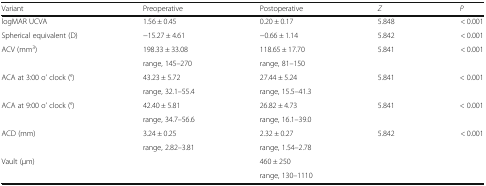
<table><thead><tr><td><b>Variant</b></td><td><b>Preoperative</b></td><td><b>Postoperative</b></td><td><b><i>Z</i></b></td><td><b><i>P</i></b></td></tr></thead><tbody><tr><td>logMAR UCVA</td><td>1.56 ± 0.45</td><td>0.20 ± 0.17</td><td>5.848</td><td>&lt; 0.001</td></tr><tr><td>Spherical equivalent (D)</td><td>−15.27 ± 4.61</td><td>−0.66 ± 1.14</td><td>5.842</td><td>&lt; 0.001</td></tr><tr><td rowspan="2">ACV (mm<sup>3</sup>)</td><td>198.33 ± 33.08</td><td>118.65 ± 17.70</td><td>5.841</td><td>&lt; 0.001</td></tr><tr><td>range, 145–270</td><td>range, 81–150</td><td></td><td></td></tr><tr><td rowspan="2">ACA at 3:00 o’ clock (°)</td><td>43.23 ± 5.72</td><td>27.44 ± 5.24</td><td>5.841</td><td>&lt; 0.001</td></tr><tr><td>range, 32.1–55.4</td><td>range, 15.5–41.3</td><td></td><td></td></tr><tr><td rowspan="2">ACA at 9:00 o’ clock (°)</td><td>42.40 ± 5.81</td><td>26.82 ± 4.73</td><td>5.841</td><td>&lt; 0.001</td></tr><tr><td>range, 34.7–56.6</td><td>range, 16.1–39.0</td><td></td><td></td></tr><tr><td rowspan="2">ACD (mm)</td><td>3.24 ± 0.25</td><td>2.32 ± 0.27</td><td>5.842</td><td>&lt; 0.001</td></tr><tr><td>range, 2.82–3.81</td><td>range, 1.54–2.78</td><td></td><td></td></tr><tr><td rowspan="2">Vault (μm)</td><td></td><td>460 ± 250</td><td></td><td></td></tr><tr><td></td><td>range, 130–1110</td><td></td><td></td></tr></tbody></table>